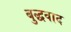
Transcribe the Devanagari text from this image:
बुद्धवाद